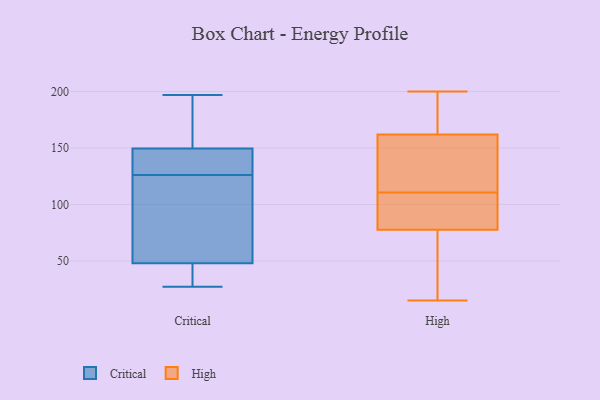
{"axis": {"x": "Operating Costs (USD K)", "y": "Value"}, "legend": ["Critical", "High"], "data": [{"x": "", "y": 29, "type": "Critical"}, {"x": "", "y": 27, "type": "Critical"}, {"x": "", "y": 163, "type": "Critical"}, {"x": "", "y": 137, "type": "Critical"}, {"x": "", "y": 113, "type": "Critical"}, {"x": "", "y": 133, "type": "Critical"}, {"x": "", "y": 153, "type": "Critical"}, {"x": "", "y": 103, "type": "Critical"}, {"x": "", "y": 129, "type": "Critical"}, {"x": "", "y": 40, "type": "Critical"}, {"x": "", "y": 163, "type": "Critical"}, {"x": "", "y": 56, "type": "Critical"}, {"x": "", "y": 31, "type": "Critical"}, {"x": "", "y": 146, "type": "Critical"}, {"x": "", "y": 123, "type": "Critical"}, {"x": "", "y": 197, "type": "Critical"}, {"x": "", "y": 94, "type": "High"}, {"x": "", "y": 183, "type": "High"}, {"x": "", "y": 171, "type": "High"}, {"x": "", "y": 173, "type": "High"}, {"x": "", "y": 84, "type": "High"}, {"x": "", "y": 128, "type": "High"}, {"x": "", "y": 54, "type": "High"}, {"x": "", "y": 114, "type": "High"}, {"x": "", "y": 15, "type": "High"}, {"x": "", "y": 88, "type": "High"}, {"x": "", "y": 153, "type": "High"}, {"x": "", "y": 122, "type": "High"}, {"x": "", "y": 107, "type": "High"}, {"x": "", "y": 23, "type": "High"}, {"x": "", "y": 73, "type": "High"}, {"x": "", "y": 119, "type": "High"}, {"x": "", "y": 200, "type": "High"}, {"x": "", "y": 17, "type": "High"}, {"x": "", "y": 174, "type": "High"}, {"x": "", "y": 82, "type": "High"}]}